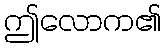
ဤလောက၏